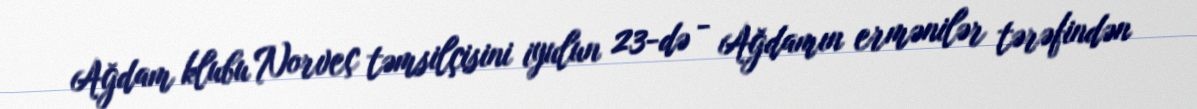
Ağdam klubu Norveç təmsilçisini iyulun 23-də - Ağdamın ermənilər tərəfindən